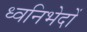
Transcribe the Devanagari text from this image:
ध्वनिभेदों